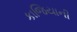
કાજિયાની